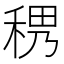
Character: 𥟄